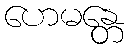
ဟေမန္တေ